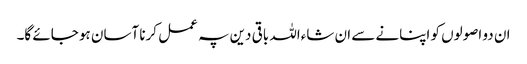
ان دو اصولوں کو اپنانے سے ان شاءاللہ باقی دین پہ عمل کرنا آسان ہو جائے گا۔